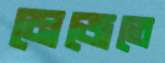
মেজেতে